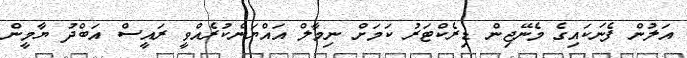
އަލުން ފެނަކައިގެ މެނޭޖިން ޑިރެކްޓަރު ކަމަށް ނިމާލް އައްޔަންކުރެއްވީ ރައީސް އަބްދު ޔާމީން